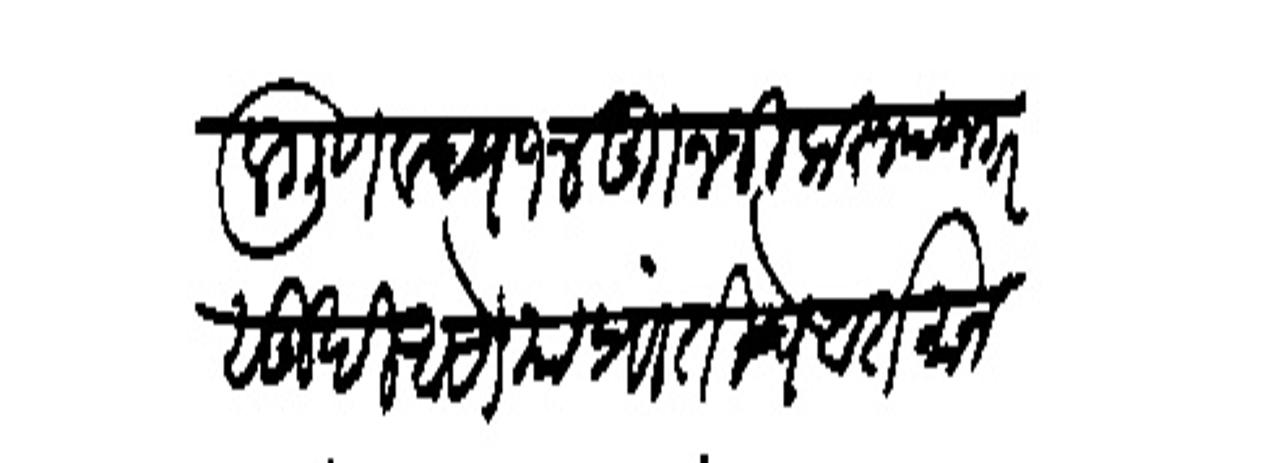
Transliteration (Devanagari): फालगुण बद्च १४ मुाा नजीक रूपनगर सुखी आसों या प्रांतीचे वर्तमान